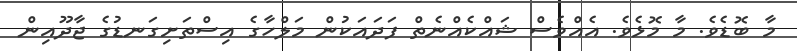
މާ ބޮޑެވެ. މާ މޮޅެވެ. އެއްވެސް ޝައްކެއްނެތް ފަދައަކުން މަލްހާގެ އިސްތަށިގަނޑުގެ ޖާދޫއިން